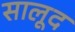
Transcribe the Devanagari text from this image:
सालूद